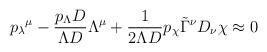
LaTeX: \begin{align*}{p_\lambda}^\mu -\frac{p_\Lambda D}{\Lambda D}\Lambda^\mu +\frac 1{2\Lambda D}p_\chi\tilde\Gamma^\nu D_\nu\chi\approx0\end{align*}